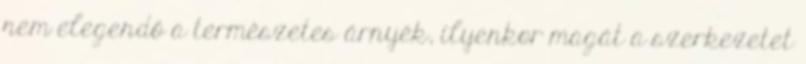
nem elegendő a természetes árnyék, ilyenkor magát a szerkezetet